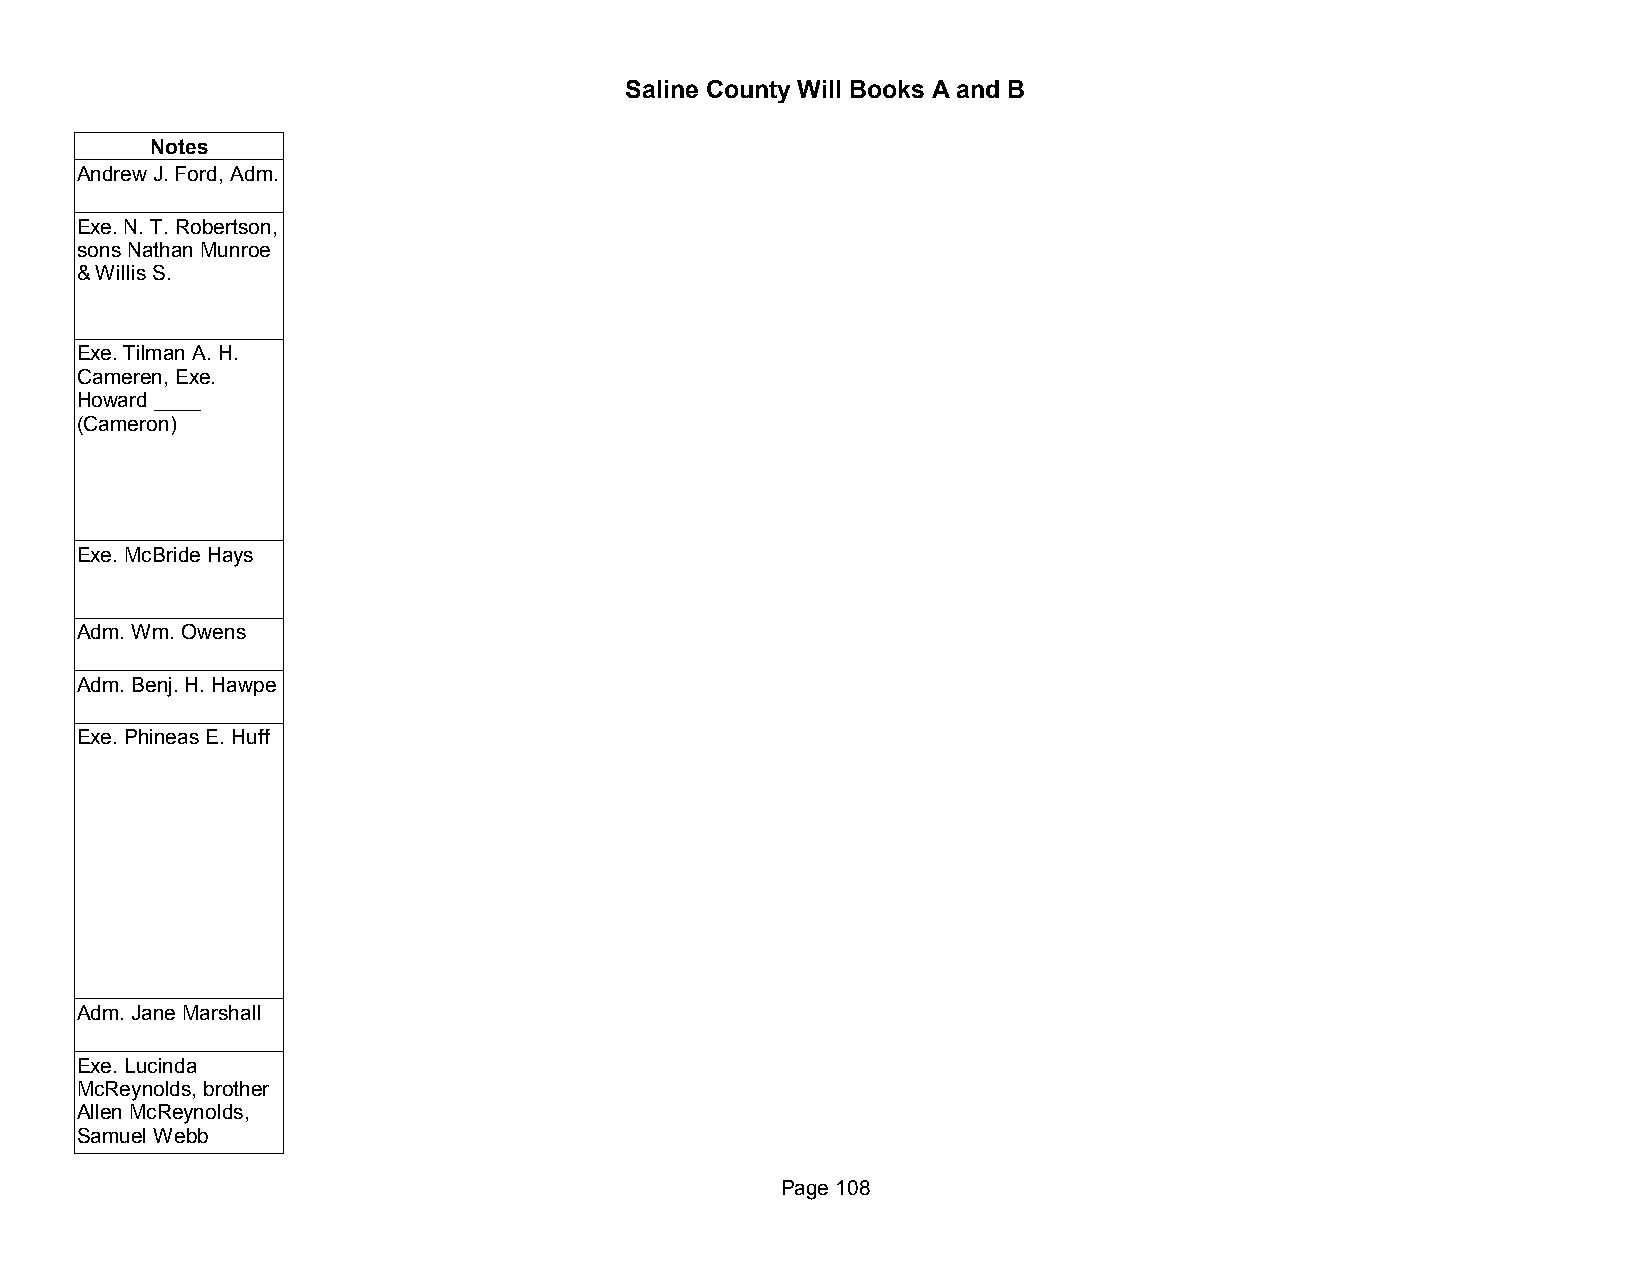
Saline County Will Books A and B
 Notes
 Andrew J. Ford, Adm.
 Exe. N. T. Robertson,
 sons Nathan Munroe
 & Willis S.
 Exe. Tilman A. H.
 Cameren, Exe.
 Howard ____
 (Cameron)
 Exe. McBride Hays
 Adm. Wm. Owens
 Adm. Benj. H. Hawpe
 Exe. Phineas E. Huff
 Adm. Jane Marshall
 Exe. Lucinda
 McReynolds, brother
 Allen McReynolds,
 Samuel Webb
 Page 108